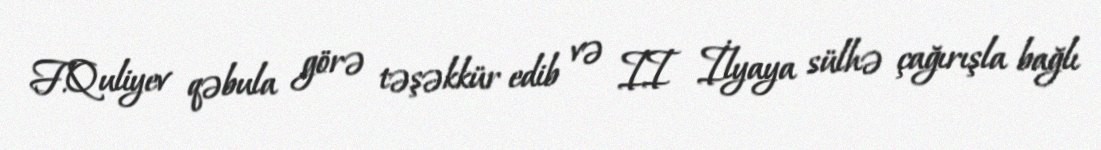
F.Quliyev qəbula görə təşəkkür edib və II İlyaya sülhə çağırışla bağlı